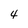
Character: 4